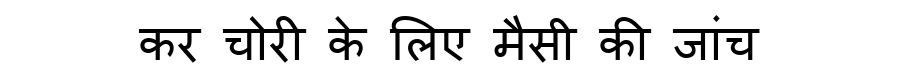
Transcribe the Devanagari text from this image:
कर चोरी के लिए मैसी की जांच